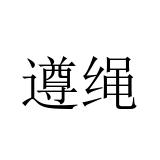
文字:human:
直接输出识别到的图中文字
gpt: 遵绳